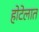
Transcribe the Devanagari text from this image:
होटेलात